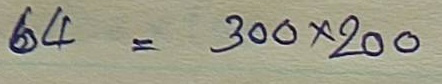
64 = 300 x 200